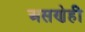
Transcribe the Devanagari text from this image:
असणेही